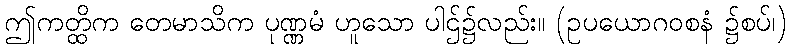
ဤကတ္ထိက တေမာသိက ပုဏ္ဏမံ ဟူသော ပါဌ်၌လည်း။ (ဥပယောဂဝစနံ ၌စပ်၊)